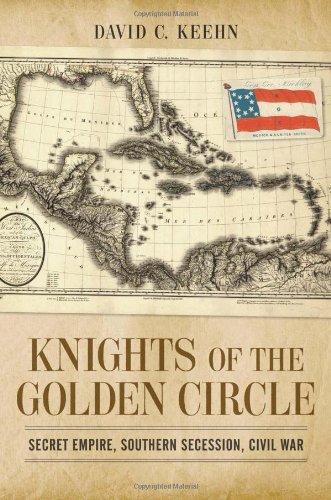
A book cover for Knights of the Golden Circle: Secret Empire, Southern Secession, Civil War (Conflicting Worlds: New Dimensions of the American Civil War); David C. Keehn; Religion & Spirituality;